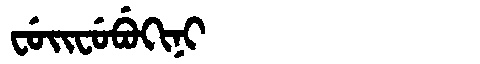
Manchu: ᠸᡠᡳᠸᡠᠪᡠᡴᡳᠨᡳ
Romanization: FUIFUBUKINI